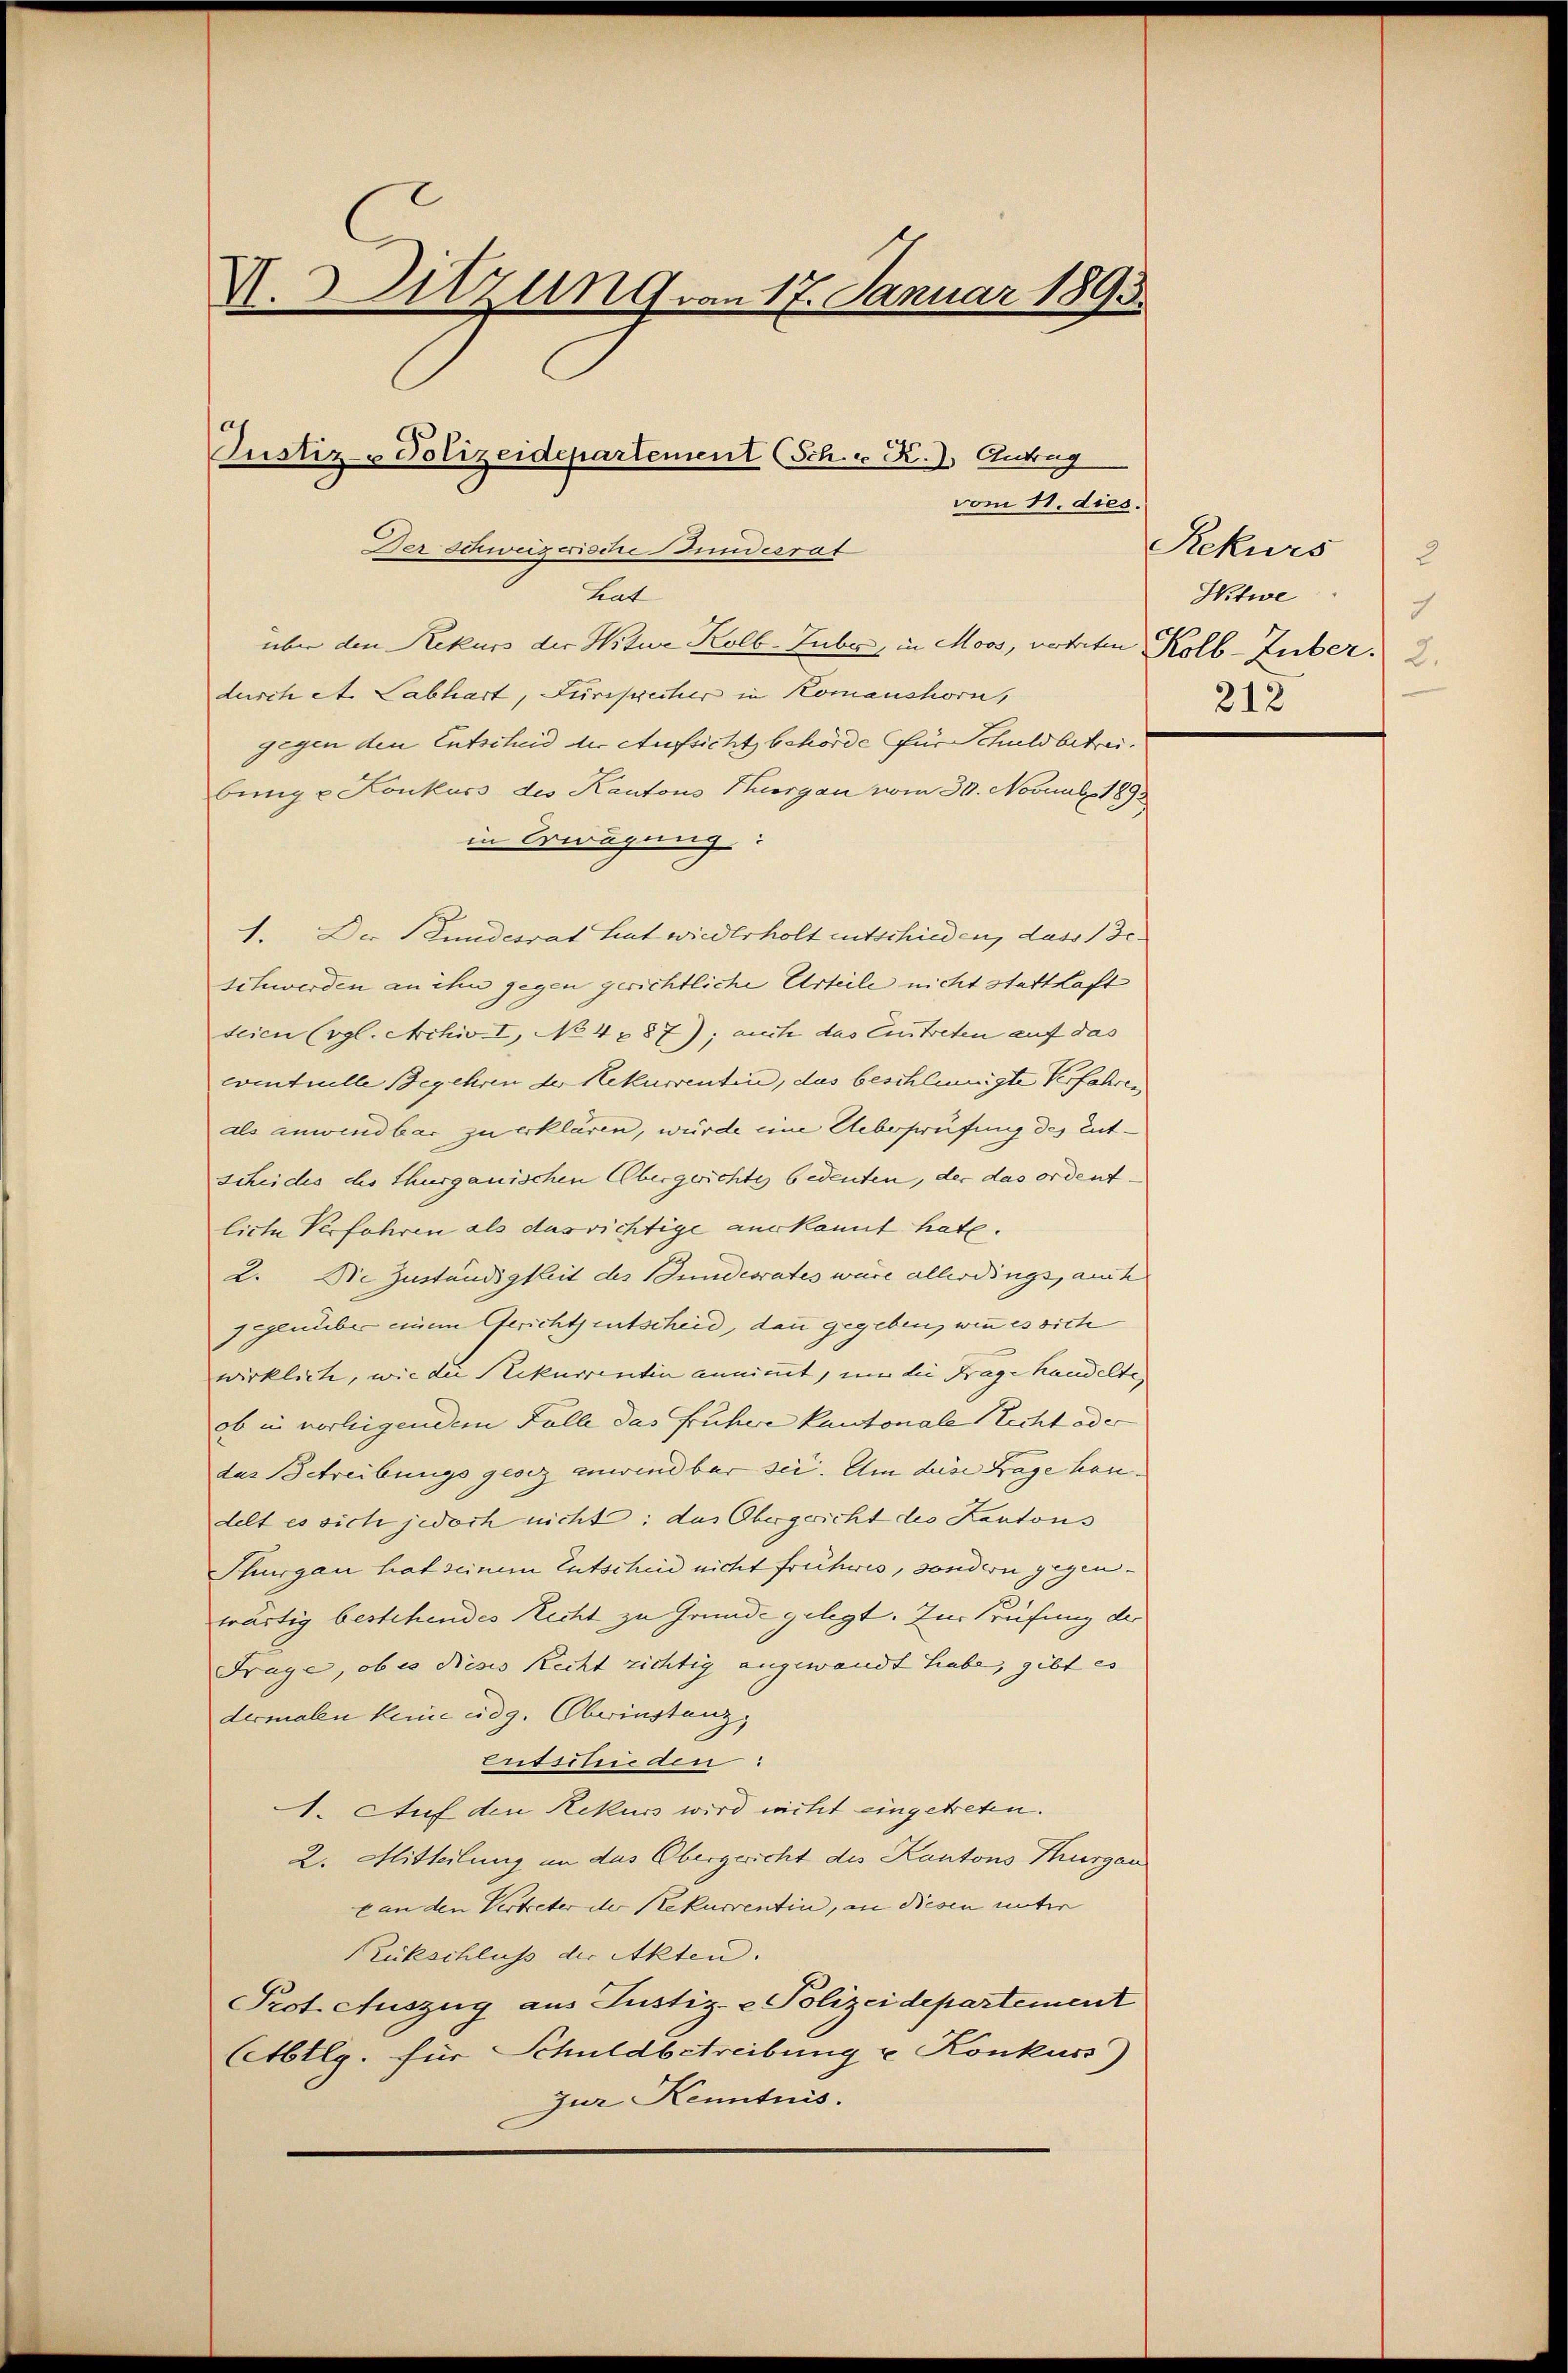
V.Sitzung an 17. Januar 1893.
Justiz- Polizeidepartement (Sch. v. R. I. Antrag
vom 11. dies.
Der Schwuscriode Bundesrat

über den Rekurs der Nitur Kolb-Zuber, in Moos, votirten Kolb-Zuber. 2.
durch et. Labhart, Furchrecher in Komanshorn,
gegen den Entscheid der Aufsicht behörde für Schuldbetreibung u Konkurs des Kantons Thurgau vom 30. Novaub. 1893
in Erwägung
1. Der Stundesrat hat wiederholt entschieden, dass de
schwerden an ihn gegen gerichtliche Urteile nicht statthaft
teien (vgl. Archiv. I, No 4387); auch das Eintreten auf das
cventuelle Begehren der Rekurrentin, das beschleunigte Verfahren
als anwendbar zu erklären, wurde eine Ueberprüfung des Entscheides des Thurgauischen Obergerichtes bedeuten, der das ordentliche Verfahren als das richtige aus kannt hate.
2. Die Zuständigkeit des Bundesrates wäre allerdings, auch
gegenüber einem Gerichtsentscheid, dann gegeben, wenn es sich
wirklich, wie die Rekurrentin annimmt, um die Frage handelte
ob in vorliegendem Falle das frühere kantonale Recht oder
das Betreibungsgesez anwendbar sei. Um diese Frage han.
delt es sich jedoch nicht: das Obergericht des Kantons
Thurgau hat seinem Entscheid nicht früheres, sondern gegenwärtig bestehendes Recht zu Grunde gelegt. Zur Prüfung der
Frage, ob es dieses Recht richtig angewandt hiebe, gibt es |
dermalen keine eidg. Oberinstanz,
Enssitrieden:
1. Auf den Rekurs wird nicht eingetreten.
2. Mitteilung an das Obergericht des Kantons Thurgau
can den Vertreter der Rekurrentin, an diesen unter
Rückschluss der Akten.
Prot. Auszug aus Justiz- & Polizeidepartement
(Abtlg. für Schuldbetreibung u. Konkuss)
zur Kenntnis.

Leut

Rekurs 2
Witwe
4
212